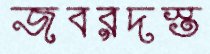
জবরদস্ত